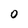
Character: O